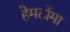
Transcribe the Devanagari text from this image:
हेमर्टोमा